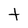
Character: t